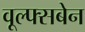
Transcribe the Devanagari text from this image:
वूल्फ्सबेन